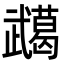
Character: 𭭸